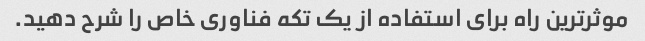
موثرترین راه برای استفاده از یک تکه فناوری خاص را شرح دهید.